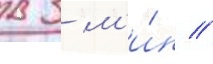
в 3 м'и́н //